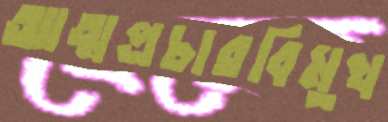
আত্মপ্রচারবিমুখ